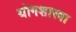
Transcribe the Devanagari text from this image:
योगशास्त्रा